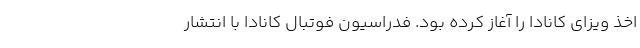
اخذ ویزای کانادا را آغاز کرده بود. فدراسیون فوتبال کانادا با انتشار